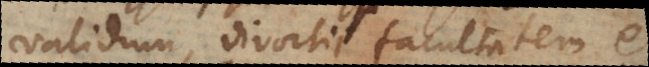
validum, divortii facultatem et